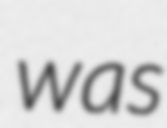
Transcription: was